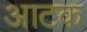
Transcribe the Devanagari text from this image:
आटक